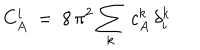
LaTeX: C _ { A } ^ { i } \ = \ 8 \, \pi ^ { 2 } \sum _ { k } \: c _ { A } ^ { k } \, \delta _ { i } ^ { k }